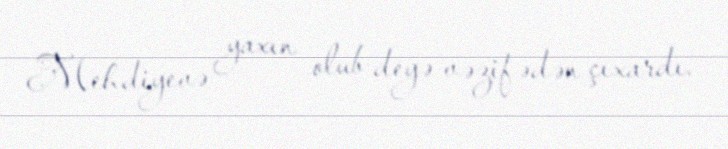
Mehdiyevə yaxın olub deyə vəzifədən çıxardı.